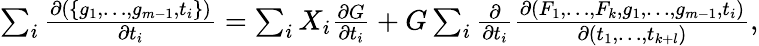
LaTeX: \begin{array}{r}{\sum_{i}\frac{\partial(\{ g_{1},\dotsc,g_{m-1},t_{i}\} )}{\partial t_{i}}=\sum_{i}X_{i}\frac{\partial G}{\partial t_{i}}+G\sum_{i}\frac{\partial}{\partial t_{i}}\frac{\partial(F_{1},\dotsc,F_{k},g_{1},\dotsc,g_{m-1},t_{i})}{\partial(t_{1},\dotsc,t_{k+l})},}\end{array}